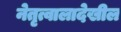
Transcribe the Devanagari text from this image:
नेतृत्वालादेखील